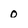
Character: 0